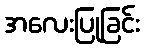
အလေးပြုခြင်း